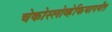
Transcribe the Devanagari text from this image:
चेकोस्लोव्हेकियापर्यंत